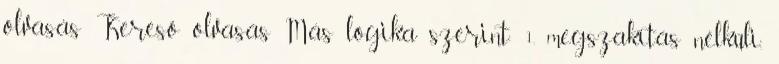
olvasás Kereső olvasás Más logika szerint: 1. megszakítás nélküli,